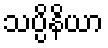
သပ္ပိနိယာ